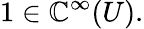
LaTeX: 1\in\mathbb{C}^{\infty}(U).